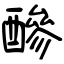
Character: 醦